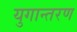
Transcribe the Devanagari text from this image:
युगान्तरण